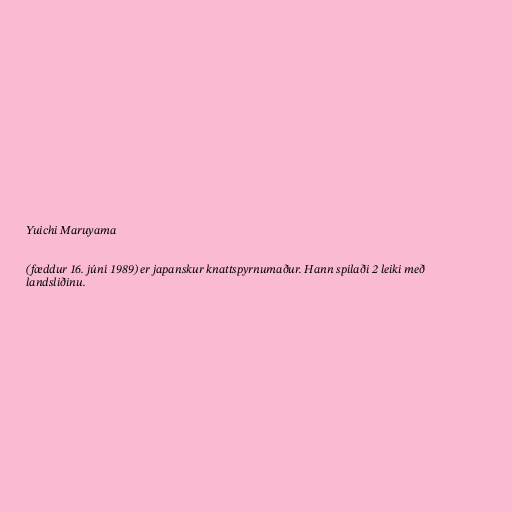
Yuichi Maruyama

(fæddur 16. júní 1989) er japanskur knattspyrnumaður. Hann spilaði 2 leiki með
landsliðinu.